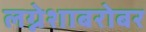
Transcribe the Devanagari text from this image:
लग्नेशाबरोबर